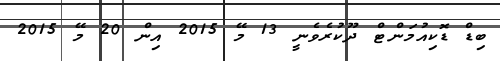
ބިޑް ޑޮކިއުމަންޓް ދޫކުރެވެނީ 13 މޭ 2015 އިން 20 މޭ 2015